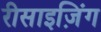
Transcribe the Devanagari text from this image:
रीसाइज़िंग